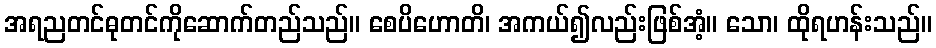
အရညတင်ဓုတင်ကိုဆောက်တည်သည်။ စေပိဟောတိ၊ အကယ်၍လည်းဖြစ်အံ့။ သော၊ ထိုရဟန်းသည်။